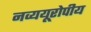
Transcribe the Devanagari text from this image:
नव्ययूरोपीय